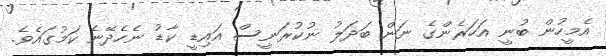
އެމީހުން ބުނީ އަހަރެންގެ ނަން ބަދަލު ނުކުރަނީސް އައިޑީ ކާޑު ނެހެދޭނެ ކަމުގައެވެ.